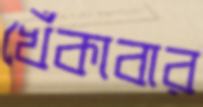
খেঁকাবার